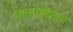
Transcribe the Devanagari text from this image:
कामाधंद्याचा